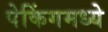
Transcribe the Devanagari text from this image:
पेकिंगमध्ये